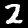
Label: 2